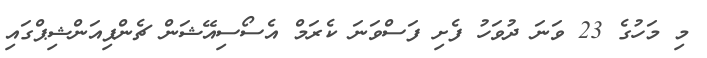
މި މަހުގެ 23 ވަނަ ދުވަހު ފެށި ފަސްވަނަ ކެރަމް އެސޯސިއޭޝަން ޗެންޕިއަންޝިޕްގައި